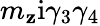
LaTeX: m_{\mathbf{z}}\mathrm{{i}}\gamma_{3}\gamma_{4}